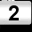
Digit: 2